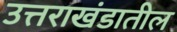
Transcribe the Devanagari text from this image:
उत्तराखंडातील